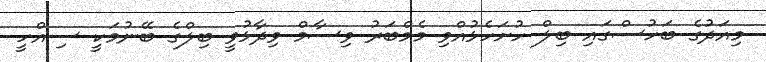
މިއަދުގެ ބަހުސްގައި ބިލް ހުށަހެޅުއްވި މެމްބަރު ވިސާމް ވިދާޅުވީ ބިލްގެ ބޭނުމަކީ ސިއްހީ